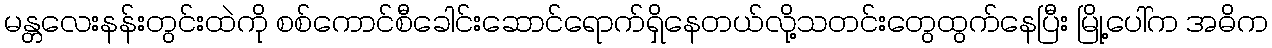
မန္တလေးနန်းတွင်းထဲကို စစ်ကောင်စီခေါင်းဆောင်ရောက်ရှိနေတယ်လို့သတင်းတွေထွက်နေပြီး မြို့ပေါ်က အဓိက